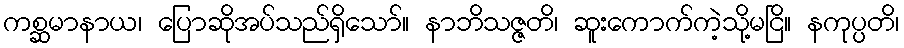
ကစ္ဆမာနာယ၊ ပြောဆိုအပ်သည်ရှိသော်။ နာဘိသဇ္ဇတိ၊ ဆူးကောက်ကဲ့သို့မငြိ။ နကုပ္ပတိ၊